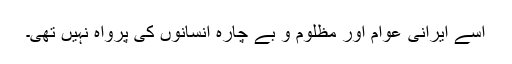
اسے ایرانی عوام اور مظلوم و بے چارہ انسانوں کی پرواہ نہیں تھی۔